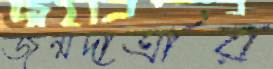
জন্মদাত্রীর